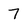
Character: 7